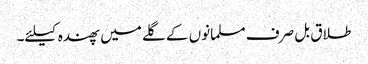
طلاق بل صرف مسلمانوں کے گلے میں پھندہ کیلئے۔